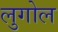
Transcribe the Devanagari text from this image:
लुगोल